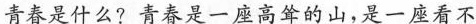
青春是什么?青春是一座高耸的山，是一座看不